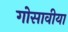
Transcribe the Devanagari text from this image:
गोसावीया